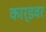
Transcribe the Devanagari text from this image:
कार्डवर